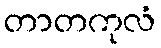
တာတကုလံ